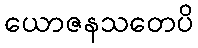
ယောဇနသတေပိ